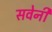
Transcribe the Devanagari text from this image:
सवेनी